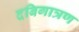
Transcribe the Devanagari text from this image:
दबिगात्रण